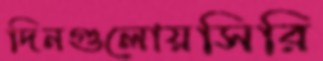
দিনগুলোয়সিরি